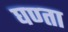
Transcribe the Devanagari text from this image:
घण्ता